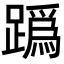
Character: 𨅌